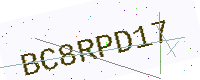
Text: BC8RPD17